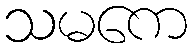
သမကေ